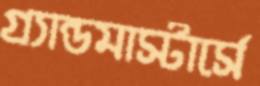
গ্র্যান্ডমাস্টার্সে